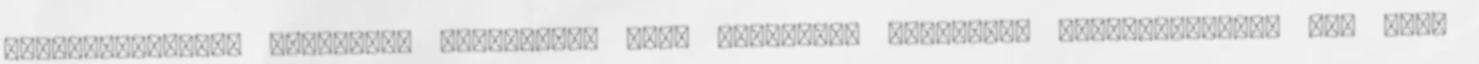
csomagolópapír, képkeret, levélpapír vagy bármilyen dekoráció elkészítésére, ami csak